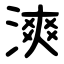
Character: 漺